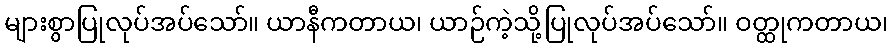
များစွာပြုလုပ်အပ်သော်။ ယာနီကတာယ၊ ယာဉ်ကဲ့သို့ပြုလုပ်အပ်သော်။ ဝတ္ထုကတာယ၊